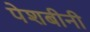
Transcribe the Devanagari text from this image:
पेशबीनी